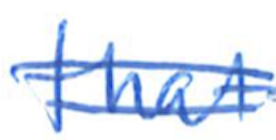
Text: that
Cross-out: double-line
Writing tool: ballpoint